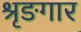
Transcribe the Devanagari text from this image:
श्रृङगार